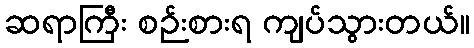
ဆရာကြီး စဉ်းစားရ ကျပ်သွားတယ်။